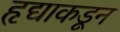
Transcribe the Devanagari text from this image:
हृद्याकडून